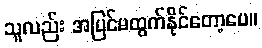
သူလည်း အပြင်မထွက်နိုင်တော့ပေ။